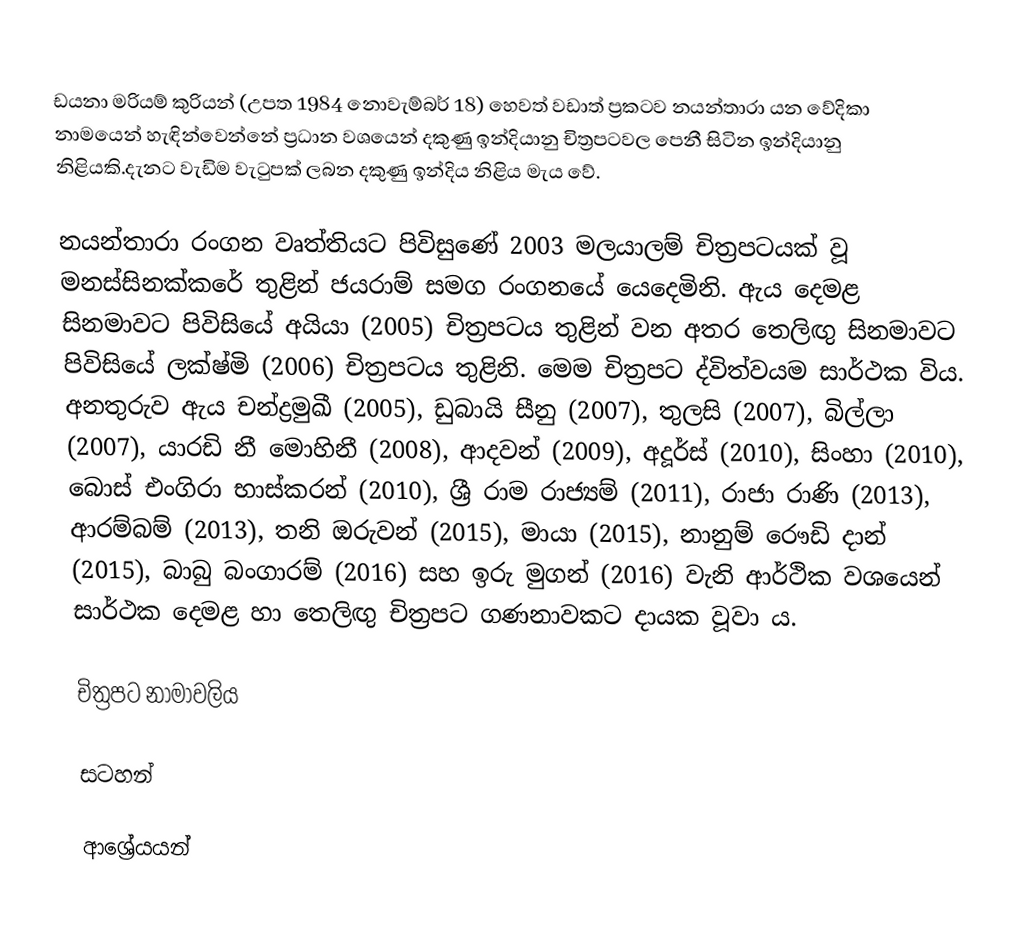
ඩයනා මරියම් කුරියන් (උපත 1984 නොවැම්බර් 18) හෙවත් වඩාත් ප්‍රකටව නයන්තාරා යන වේදිකා නාමයෙන් හැඳින්වෙන්නේ ප්‍රධාන වශයෙන් දකුණු ඉන්දියානු චිත්‍රපටවල පෙනී සිටින ඉන්දියානු නිළියකි.දැනට වැඩිම වැටුපක් ලබන දකුණු ඉන්දිය නිළිය මැය වේ.

නයන්තාරා රංගන වෘත්තියට පිවිසුණේ 2003 මලයාලම් චිත්‍රපටයක් වූ මනස්සිනක්කරේ තුළින් ජයරාම් සමග රංගනයේ යෙදෙමිනි. ඇය දෙමළ සිනමාවට පිවිසියේ අයියා (2005) චිත්‍රපටය තුළින් වන අතර තෙලිඟු සිනමාවට පිවිසියේ ලක්ෂ්මි (2006) චිත්‍රපටය තුළිනි. මෙම චිත්‍රපට ද්විත්වයම සාර්ථක විය. අනතුරුව ඇය චන්ද්‍රමුඛී (2005), ඩුබායි සීනු (2007), තුලසි (2007), බිල්ලා (2007), යාරඩි නී මොහිනී (2008), ආදවන් (2009), අදූර්ස් (2010), සිංහා (2010), බොස් එංගිරා භාස්කරන් (2010), ශ්‍රී රාම රාජ්‍යම් (2011), රාජා රාණි (2013), ආරම්බම් (2013), තනි ඔරුවන් (2015), මායා (2015), නානුම් රෞඩි දාන් (2015), බාබු බංගාරම් (2016) සහ ඉරු මුගන් (2016) වැනි ආර්ථික වශයෙන් සාර්ථක දෙමළ හා තෙලිඟු චිත්‍රපට ගණනාවකට දායක වූවා ය.

චිත්‍රපට නාමාවලිය

සටහන්

ආශ්‍රේයයන්